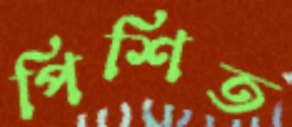
পিশিত